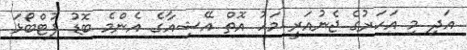
އަދި މި އަހަރުގެ ޖެނުއަރީ މަހު އޮތް އޭޝިއާގެ އެންމެ ބޮޑު ފުޓްބޯޅަ